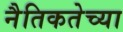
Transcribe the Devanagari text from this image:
नैतिकतेच्या